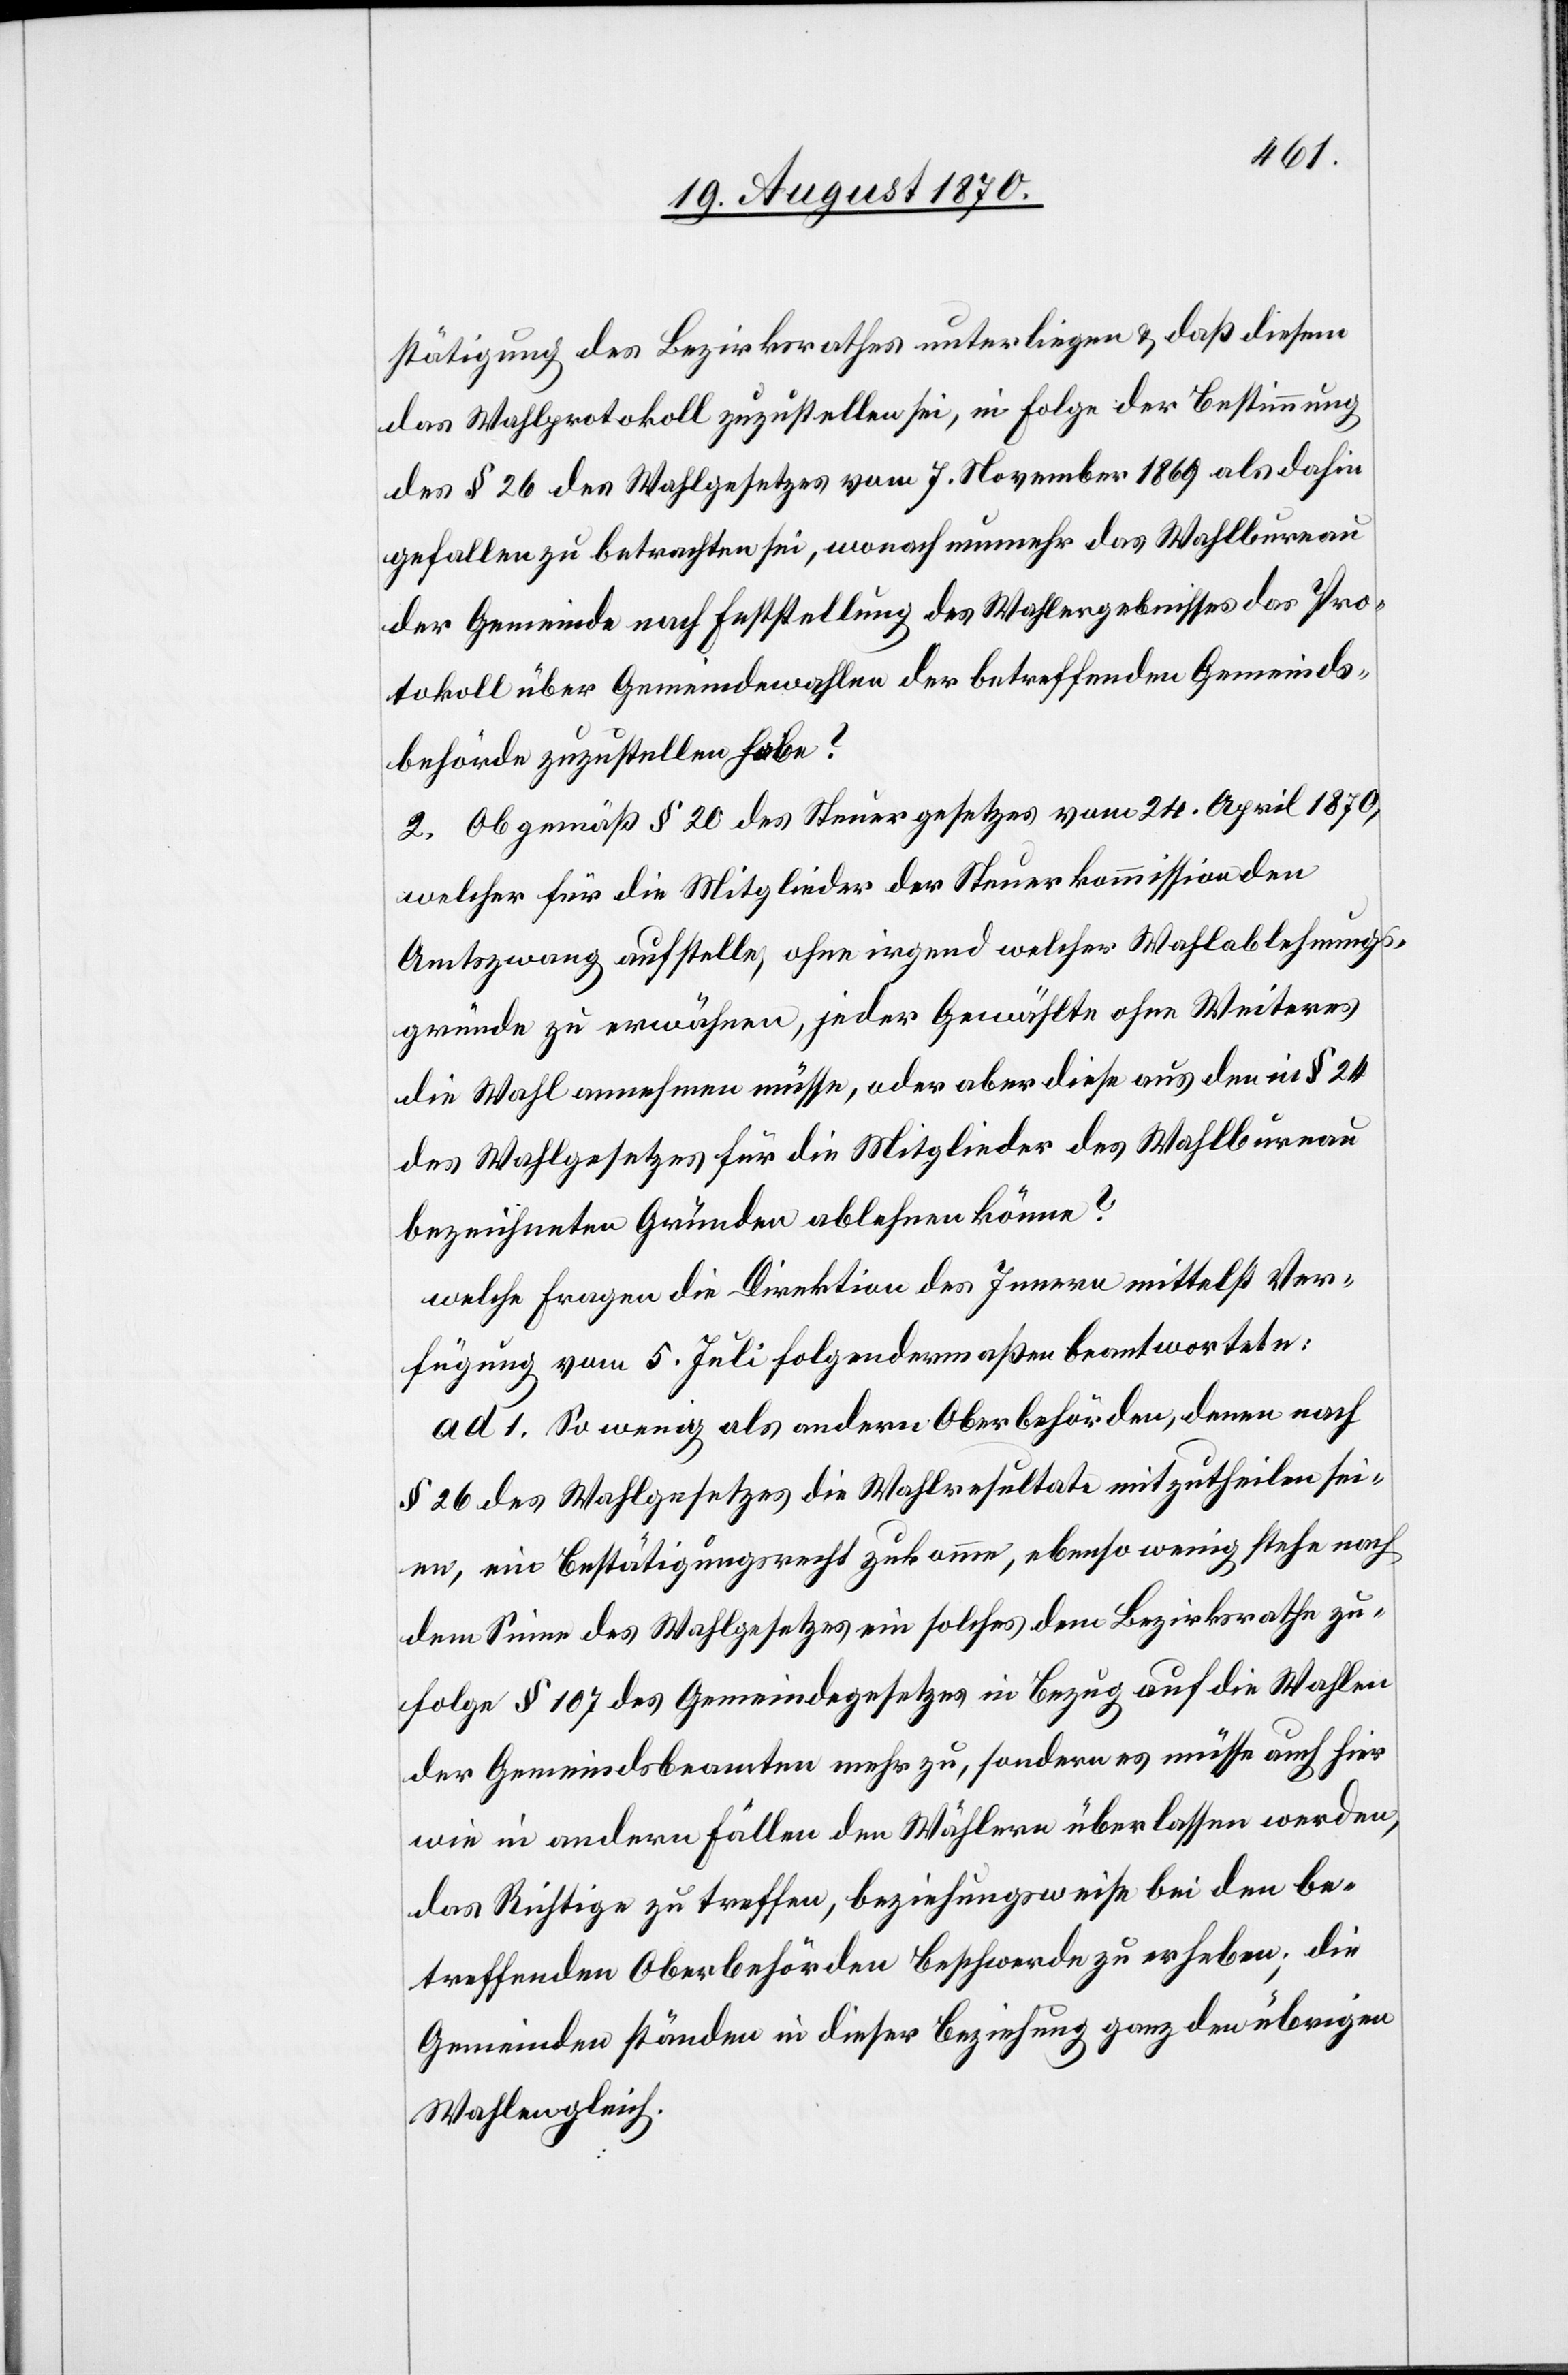
stätigung des Bezirksrathes unterliegen & daß diesem
das Wahlprotokoll zuzustellen sei, in Folge der Bestimmung
des § 26 des Wahlgesetzes vom 7. November 1869 als dahin
gefallen zu betrachten sei, worauf nunmehr das Wahlbureau
der Gemeinde nach Festsetzung des Wahlergebnisses das Pro¬
tokoll über Gemeindewahlen der betreffenden Gemeinds¬
behörde zuzustellen habe?
2. Ob gemäß § 20 des Steuergesetzes vom 24. April 1870,
welcher für die Mitglieder der Steuerkommission den
Amtszwang aufstellte, ohne irgend welche Wahlablehnungs¬
gründe zu erwähnen, jeder Gewählte ohne Weiteres
die Wahl annehmen müsse, oder aber diese aus den in § 24
des Wahlgesetzes für die Mitglieder des Wahlbureau
bezeichneten Gründen ablehnen könne?
welche Fragen die Direktion des Innern mittelst Ver¬
fügung vom 5. Juli folgendermaßen beantwortete:
ad 1. So wenig als andern Oberbehörden, denen nach
§ 26 des Wahlgesetzes die Wahlresultate mitzutheilen sei¬
en, ein Bestätigungsrecht zukomme, ebenso wenig steht nach
dem Sinne des Wahlgesetzes ein solches dem Bezirksrathe zu¬
folge § 107 des Gemeindegesetz in Bezug auf die Wahlen
der Gemeindsbeamten mehr zu, sondern es müsse auch hier
wie in andern Fällen den Wählern überlassen werden,
das Richtige zu treffen, beziehungsweise bei den be¬
treffenden Oberbehörden Beschwerde zu erheben; die
Gemeinden ständen in dieser Beziehung ganz den übrigen
Wahlen gleich.